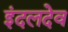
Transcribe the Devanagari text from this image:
इंदलदेव